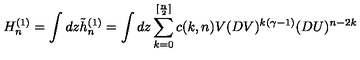
H _ { n } ^ { ( 1 ) } = \int d z \tilde { h } _ { n } ^ { ( 1 ) } = \int d z \sum _ { k = 0 } ^ { [ { \frac { n } { 2 } } ] } c ( k , n ) V ( D V ) ^ { k ( \gamma - 1 ) } ( D U ) ^ { n - 2 k }